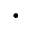
\cdot